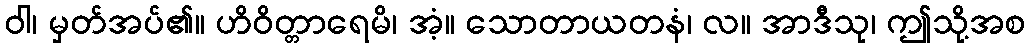
ဝါ၊ မှတ်အပ်၏။ ဟိဝိတ္တာရေမိ၊ အံ့။ သောတာယတနံ၊ လ။ အာဒီသု၊ ဤသို့အစ